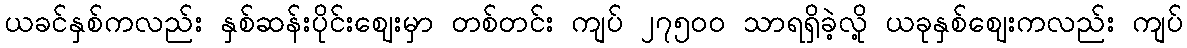
ယခင်နှစ်ကလည်း နှစ်ဆန်းပိုင်းဈေးမှာ တစ်တင်း ကျပ် ၂၇၅၀ဝ သာရရှိခဲ့လို့ ယခုနှစ်ဈေးကလည်း ကျပ်